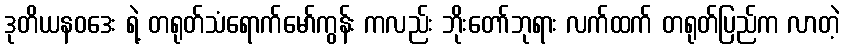
ဒုတိယနဝဒေး ရဲ့ တရုတ်သံရောက်မော်ကွန်း ကလည်း ဘိုးတော်ဘုရား လက်ထက် တရုတ်ပြည်က လာတဲ့